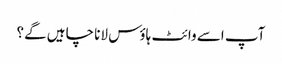
آپ اسے وائٹ ہاؤس لانا چاہیں گے؟